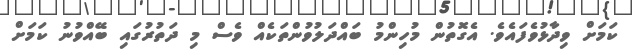
ކަމަށް ވިދާޅުވެފައެވެ. އެގޮތުން މުހިންމު ބައްދަލުވުންތަކެއް ވެސް މި ދަތުރުގައި ބޭއްވުނު ކަމަށް